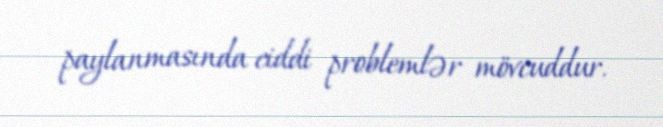
paylanmasında ciddi problemlər mövcuddur.